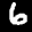
Label: 6